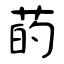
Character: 菂